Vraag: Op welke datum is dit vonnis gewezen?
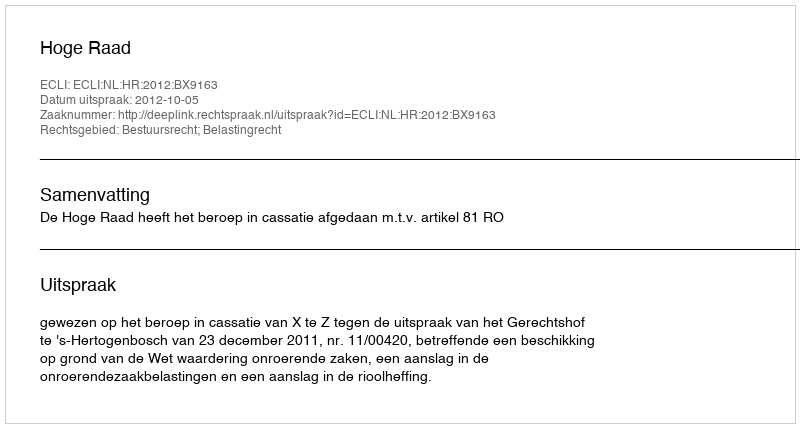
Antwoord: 2012-10-05